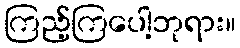
ကြည့်ကြပေါ့ဘုရား။